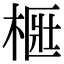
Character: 㮜